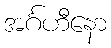
အင်္ဂဟီနော